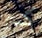
كم